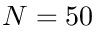
N = 5 0